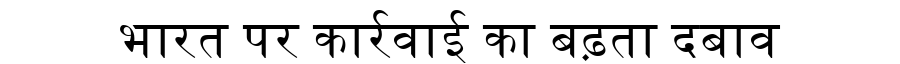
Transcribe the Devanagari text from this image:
भारत पर कार्रवाई का बढ़ता दबाव